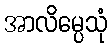
အာလိမ္ပေသုံ